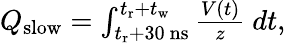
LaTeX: \begin{array}{r}{Q_{\mathrm{slow}}=\int_{t_{\mathrm{r}}+30~\mathrm{ns}}^{t_{\mathrm{r}}+t_{\mathrm{w}}}\frac{V(t)}{z}~dt,}\end{array}